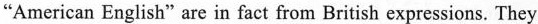
"American English" are in fact from British expressions. They